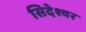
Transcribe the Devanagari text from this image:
सिदेश्वर